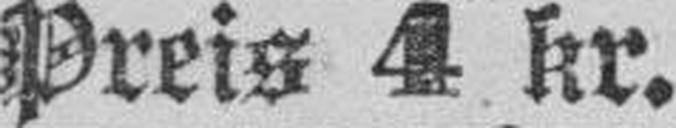
Preis 4 kr.